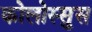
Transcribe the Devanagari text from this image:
कोलोस्सुस